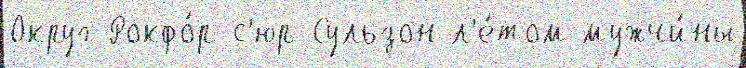
Округ Рокфо́р-с'юр-Сульзон л'е́том мужчи́ны